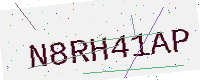
Text: N8RH41AP